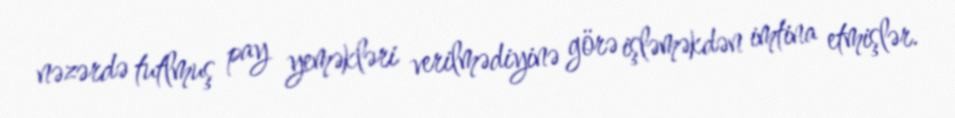
nəzərdə tutlmuş pay yeməkləri verilmədiyinə görə işləməkdən imtina etmişlər.